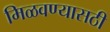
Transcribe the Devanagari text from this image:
मिळवण्यासठी